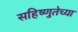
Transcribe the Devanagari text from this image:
सहिष्णुतेच्या